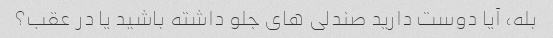
بله، آیا دوست دارید صندلی های جلو داشته باشید یا در عقب؟